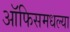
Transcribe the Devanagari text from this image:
ऑफिसमधल्या